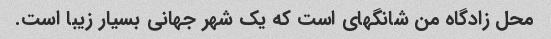
محل زادگاه من شانگهای است که یک شهر جهانی بسیار زیبا است.